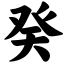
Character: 癸